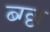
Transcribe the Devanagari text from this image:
ब्ग्छ